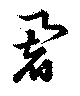
闍